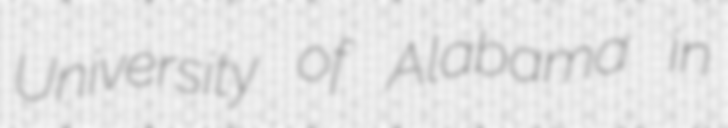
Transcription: University of Alabama in